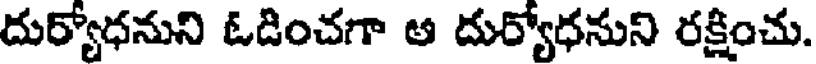
దుర్యోధనుని ఓడించగా ఆ దుర్యోధనుని రక్షించు.